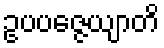
ဥပပဇ္ဇေယျာတိ